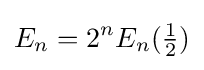
E_{n}=2^{n}E_{n}({\tfrac {1}{2}})